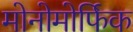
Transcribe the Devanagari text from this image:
मोनोमोर्फिक